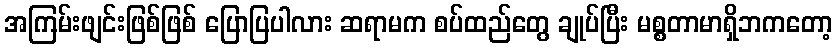
အကြမ်းဖျင်းဖြစ်ဖြစ် ပြောပြပါလား ဆရာမက စပ်ထည်တွေ ချုပ်ပြီး မစ္စတာမာရှိဘကတော့